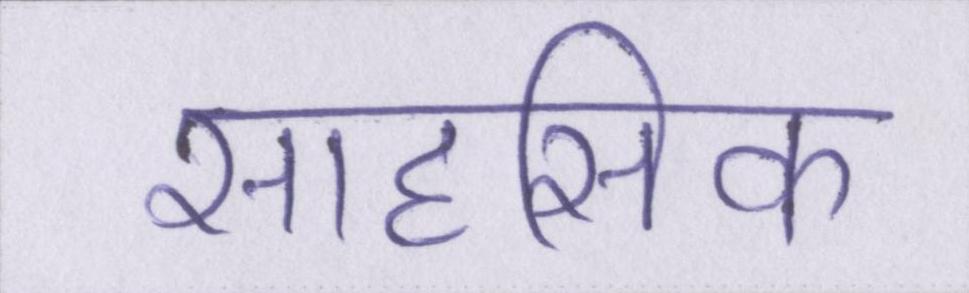
साहसिक